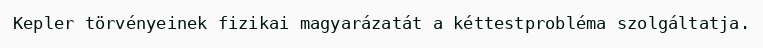
Kepler törvényeinek fizikai magyarázatát a kéttestprobléma szolgáltatja.